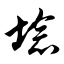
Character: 埝